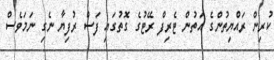
ކުރިން ރައްޔިތުންގެ އަތުން ޓެރިފް ރޭޓުގެ ގޮތުގައި ފަސް ރުފިޔާ ނެގި ނަމަވެސް